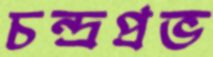
চন্দ্রপ্রভ